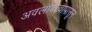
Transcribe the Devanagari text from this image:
अवलंबित्वापासून